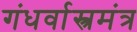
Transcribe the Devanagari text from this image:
गंधर्वास्त्रमंत्र